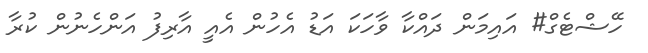
ހޭޝްޓެގް# އައިމަން ދައްކާ ވާހަކަ އަޑު އެހުން އެއީ އާރިފު އަންހެނުން ކުރާ